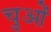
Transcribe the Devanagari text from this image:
चुओं